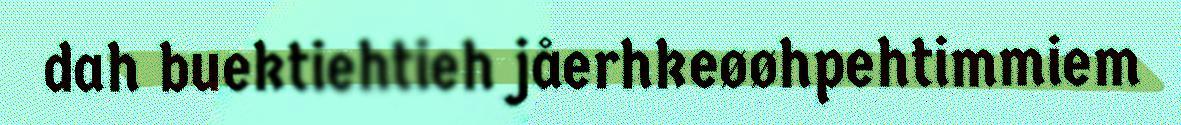
dah buektiehtieh jåerhkeøøhpehtimmiem